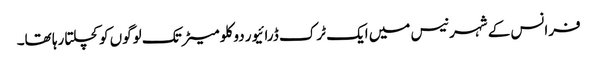
فرانس کے شہر نیس میں ایک ٹرک ڈرائیور دو کلو میٹر تک لوگوں کو کچلتا رہا تھا۔